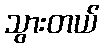
သွားတယ်